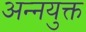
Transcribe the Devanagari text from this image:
अन्नयुक्त